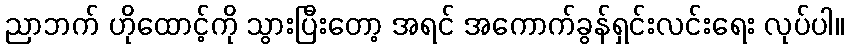
ညာဘက် ဟိုထောင့်ကို သွားပြီးတော့ အရင် အကောက်ခွန်ရှင်းလင်းရေး လုပ်ပါ။